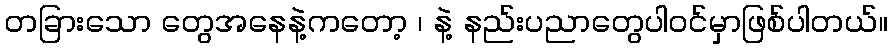
တခြားသော တွေအနေနဲ့ကတော့ ၊ နဲ့ နည်းပညာတွေပါဝင်မှာဖြစ်ပါတယ်။